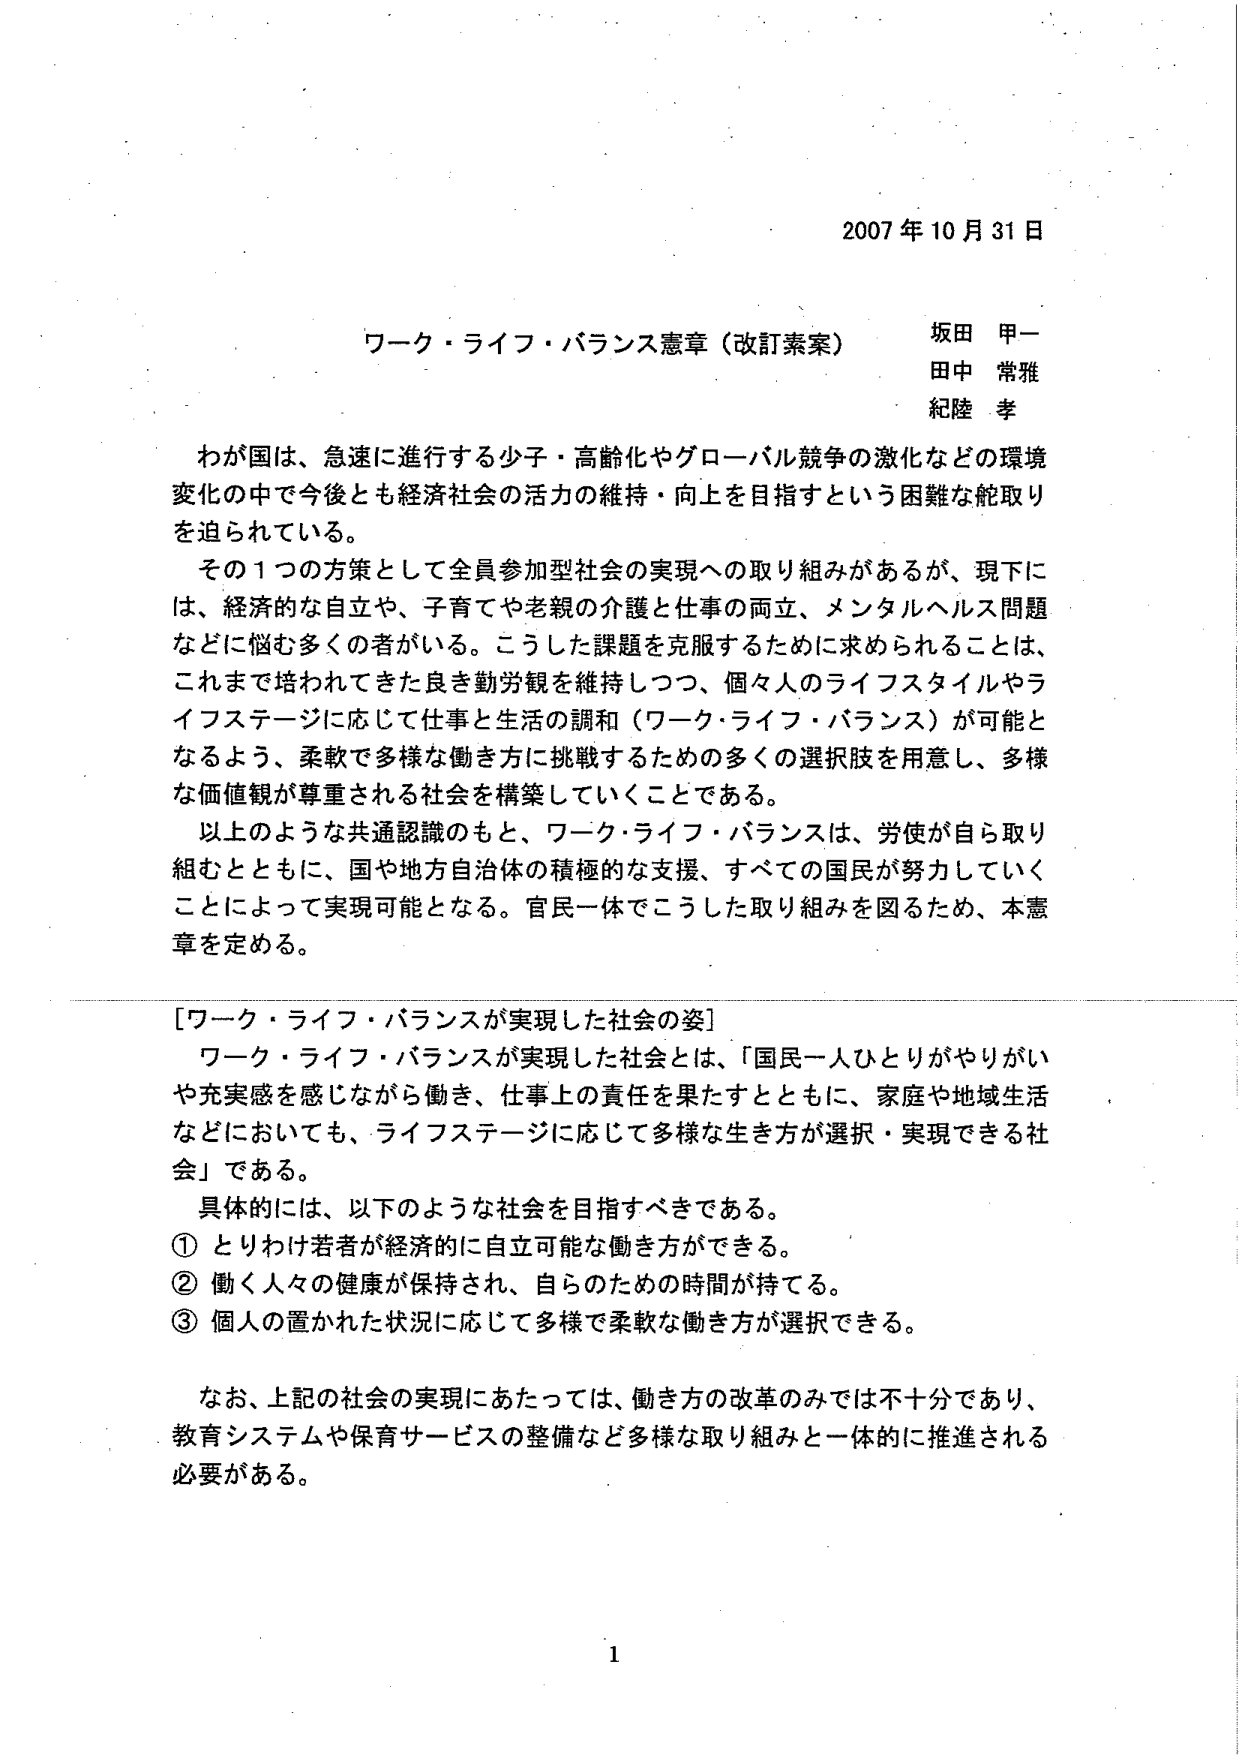
2007年10月31日

ワーク・ライフ・バランス憲章（改訂素案）
坂田 甲一
田中 常雅
紀陸 孝

わが国は、急速に進行する少子・高齢化やグローバル競争の激化などの環境変化の中で今後とも経済社会の活力の維持・向上を目指すという困難な舵取りを迫られている。

その１つの方策として全員参加型社会の実現への取り組みがあるが、現下には、経済的な自立や、子育てや老親の介護と仕事の両立、メンタルヘルス問題などに悩む多くの者がいる。こうした課題を克服するために求められることは、これまで培われてきた良き勤労観を維持しつつ、個々人のライフスタイルやライフステージに応じて仕事と生活の調和（ワーク・ライフ・バランス）が可能となるよう、柔軟で多様な働き方に挑戦するための多くの選択肢を用意し、多様な価値観が尊重される社会を構築していくことである。

以上のような共通認識のもと、ワーク・ライフ・バランスは、労使が自ら取り組むとともに、国や地方自治体の積極的な支援、すべての国民が努力していくことによって実現可能となる。官民一体でこうした取り組みを図るため、本憲章を定める。

[ワーク・ライフ・バランスが実現した社会の姿]
ワーク・ライフ・バランスが実現した社会とは、「国民一人ひとりがやりがいや充実感を感じながら働き、仕事上の責任を果たすとともに、家庭や地域生活などにおいても、ライフステージに応じて多様な生き方が選択・実現できる社会」である。

具体的には、以下のような社会を目指すべきである。
① とりわけ若者が経済的に自立可能な働き方ができる。
② 働く人々の健康が保持され、自らのための時間が持てる。
③ 個人の置かれた状況に応じて多様で柔軟な働き方が選択できる。

なお、上記の社会の実現にあたっては、働き方の改革のみでは不十分であり、教育システムや保育サービスの整備など多様な取り組みと一体的に推進される必要がある。

1